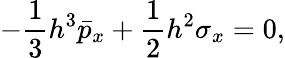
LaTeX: -\frac{1}{3}h^{3}\bar{p}_{x}+\frac{1}{2}h^{2}\sigma_{x}=0,